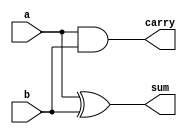
`timescale 1ns / 1ps
//////////////////////////////////////////////////////////////////////////////////
// Company: 
// Engineer: 
// 
// Design Name: 
// Module Name:    Half_Adder 
// Project Name: 
// Target Devices: 
// Tool versions: 
// Description: 
//
// Dependencies: 
//
// Revision: 
// Revision 0.01 - File Created
// Additional Comments: 
//
//////////////////////////////////////////////////////////////////////////////////
module Half_Adder(
input wire a,b,
output wire sum , carry
    );
assign sum=a^b;
assign carry=a&b;

endmodule